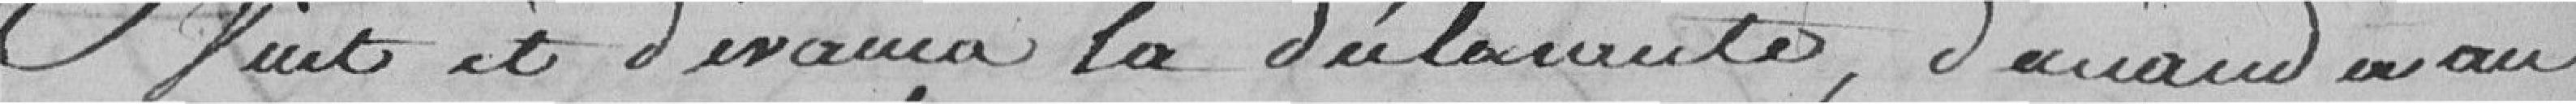
? et ? la déclarante, ?? au